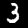
Digit: 3